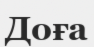
Доға